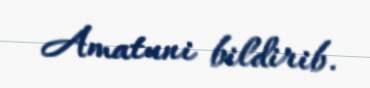
Amatuni bildirib.